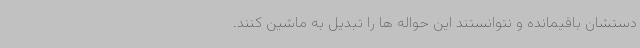
دستشان باقیمانده و نتوانستند این حواله ها را تبدیل به ماشین کنند.